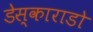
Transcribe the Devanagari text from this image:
डेस्काराडो